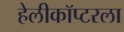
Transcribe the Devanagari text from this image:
हेलीकॉप्टरला